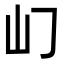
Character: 𡴮